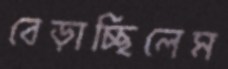
বেড়াচ্ছিলেম